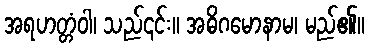
အရဟတ္တံဝါ၊ သည်၎င်း။ အဓိဂမောနာမ၊ မည်၏။